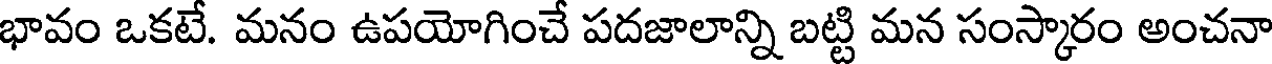
భావం ఒకటే. మనం ఉపయోగించే పదజాలాన్ని బట్టి మన సంస్కారం అంచనా